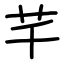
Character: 芊